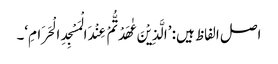
اصل الفاظ ہیں: ’الَّذِیْنَ عٰھَدْتُّمْ عِنْدَ الْمَسْجِدِ الْحَرَامِ‘۔